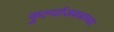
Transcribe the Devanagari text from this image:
कुर्ल्याजवळच्या